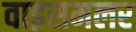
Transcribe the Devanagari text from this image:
वाइसमलर